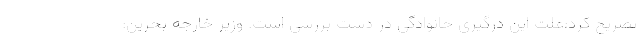
تصریح کرد:علت این درگیری خانوادگی در دست بررسی است. وزیر خارجه بحرین: